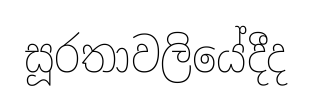
සූරතාවලියේදීද